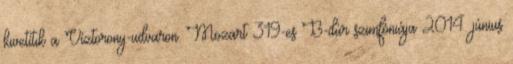
kivetítik a Víztorony-udvaron. Mozart 319-es B-dúr szimfóniája 2014. június